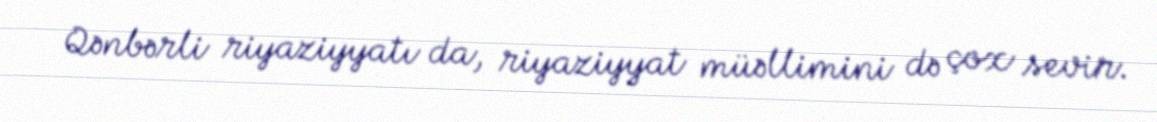
Qənbərli riyaziyyatı da, riyaziyyat müəllimini də çox sevir.